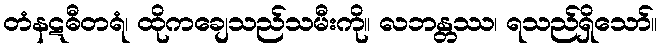
တံနဋဓီတရံ၊ ထိုကချေသည်သမီးကို။ လဘန္တဿ၊ ရသည်ရှိသော်။